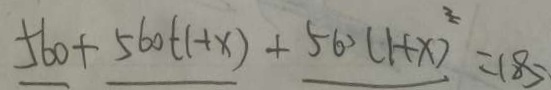
5 6 0 + 5 6 0 + ( 1 + x ) + 5 6 0 ( 1 + x ) ^ { 2 } = 1 8 5